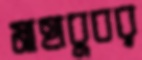
মাহাবুবর